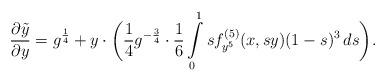
LaTeX: \begin{align*}\frac{\partial \tilde y}{\partial y} = g^{\frac{1}{4}} + y \cdot \biggl( \frac{1}{4}g^{-\frac{3}{4}} \cdot \frac{1}{6}\int\limits_{0}^1 s f_{y^{5}}^{(5)}(x,sy)(1-s)^3\,ds \biggr).\end{align*}